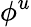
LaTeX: \phi^{u}